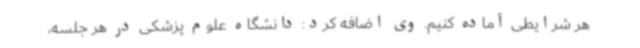
هر شرایطی آماده کنیم. وی اضافه کرد: دانشگاه علوم پزشکی در هر جلسه،